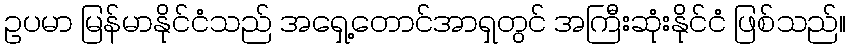
ဥပမာ မြန်မာနိုင်ငံသည် အရှေ့တောင်အာရှတွင် အကြီးဆုံးနိုင်ငံ ဖြစ်သည်။